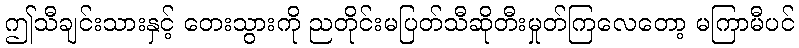
ဤသီချင်းသားနှင့် တေးသွားကို ညတိုင်းမပြတ်သီဆိုတီးမှုတ်ကြလေတော့ မကြာမီပင်